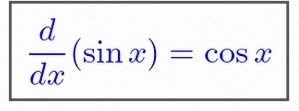
\frac{d}{dx}(\sin x)=\cos x